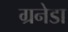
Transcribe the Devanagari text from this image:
ग्रनेडा